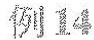
例14